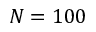
N = 1 0 0